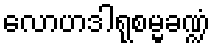
လောဟဒါရုစမ္မခဏ္ဍံ